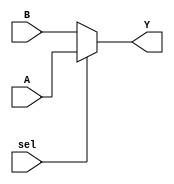
`timescale 1ns / 1ps
//////////////////////////////////////////////////////////////////////////////////
// Company: 
// Engineer: 
// 
// Design Name: 
// Module Name: mux32
// Project Name: 
// Target Devices: 
// Tool Versions: 
// Description: 
// 
// Dependencies: 
// 
// Revision:
// Revision 0.01 - File Created
// Additional Comments:
// 
//////////////////////////////////////////////////////////////////////////////////


module mux_32(
    input sel,
    input[31:0] A,
    input [31:0]B,
    output [31:0] Y
    );

    assign Y = (sel==1) ? A : B;
    
endmodule